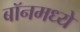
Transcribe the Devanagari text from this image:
बॉनमध्ये